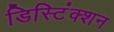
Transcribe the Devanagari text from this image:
डिस्टिंंक्शन